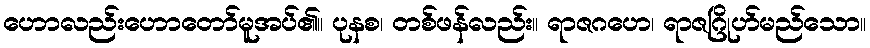
ဟောလည်းဟောတော်မူအပ်၏။ ပုနစ၊ တစ်ဖန်လည်း။ ရာဇဂဟေ၊ ရာဇဂြိုဟ်မည်သော။